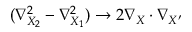
( \nabla _ { X _ { 2 } } ^ { 2 } - \nabla _ { X _ { 1 } } ^ { 2 } ) \rightarrow 2 \nabla _ { X } \cdot \nabla _ { X ^ { \prime } }